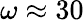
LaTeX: \omega\approx 30